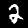
Label: 2